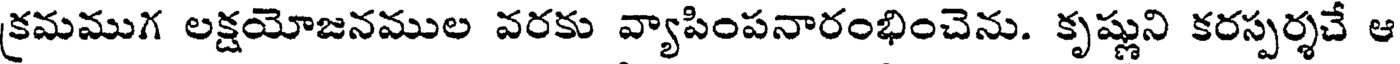
క్రమముగ లక్షయోజనముల వరకు వ్యాపింపనారంభించెను. కృష్ణుని కరస్పర్శచే ఆ